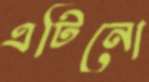
এটিনো